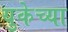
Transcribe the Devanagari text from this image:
युकेच्या